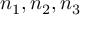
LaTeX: n _ { 1 } , n _ { 2 } , n _ { 3 }